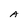
Character: A